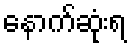
နောက်ဆုံးရ